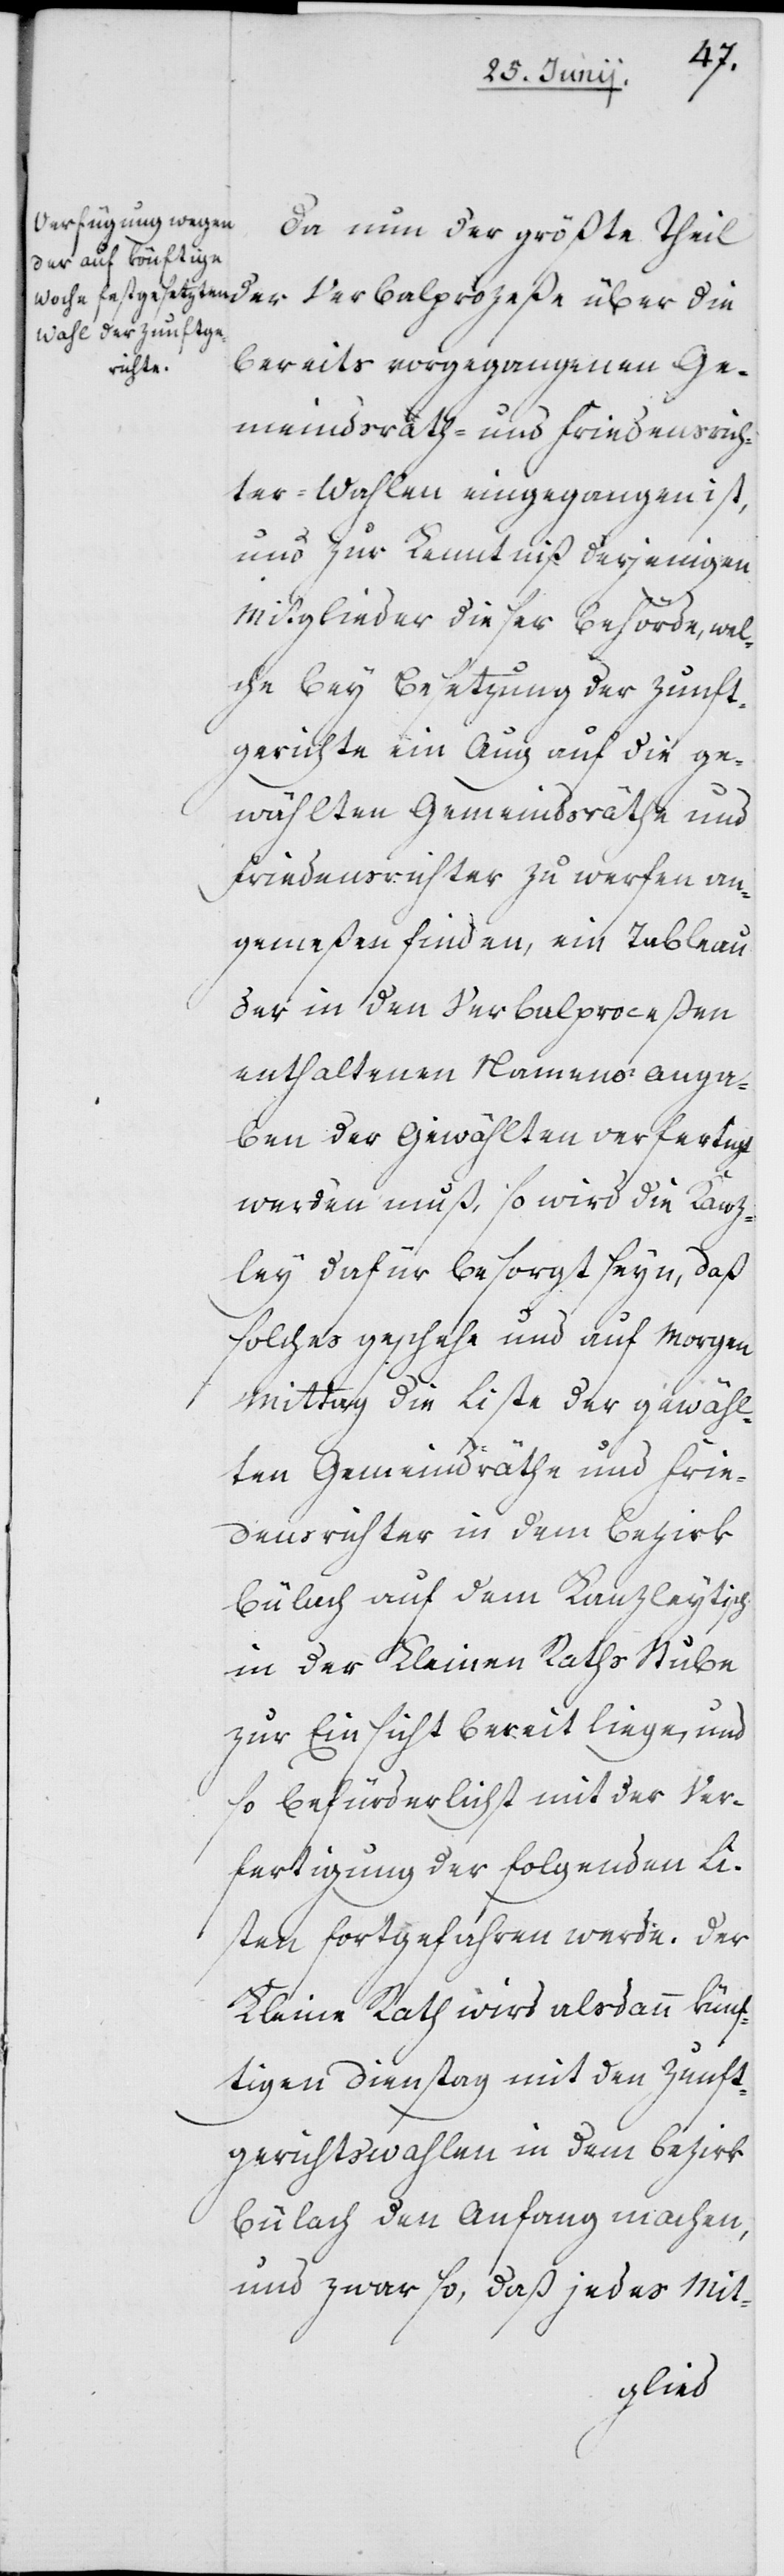
Da nun der größte Theil
bereits vorgegangenen Ge¬
meindsrath- und Friedensrich¬
ter-Wahlen eingegangen ist,
und zur Kenntniß derjenigen
Mitglieder dieser Behörde, wel¬
che bey Besetzung der Zunft¬
gerichte ein Aug auf die ge¬
wählten Gemeindsräthe und
Friedensrichter zu werfen an¬
gemeßen finden, ein Tableau
der in den Verbalproceßen
enthaltenen Namensanga¬
ben der Gewählten verfertigt
werden muß, so wird die Kanz¬
ley dafür besorgt sein, daß
solches geschehe und auf Morgen
Mittag die Liste der gewähl¬
ten Gemeindräthe und Frie¬
densrichter in dem Bezirk
Bülach auf dem Kanzleytisch
in der Kleinen Raths Stube
zur Einsicht bereit liegen und
so befürderlichst mit der Ver¬
fertigung der folgenden Li¬
sten fortgefahren werde. Der
Kleine Rath wird alsdann künf¬
tigen Dienstag mit den Zunft¬
gerichtswahlen in dem Bezirk
Bülach den Anfang machen,
und zwar so, daß jedes Mit-